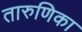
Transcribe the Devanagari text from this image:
तारुणिका